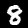
Label: 8